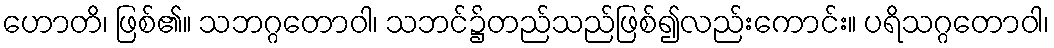
ဟောတိ၊ ဖြစ်၏။ သဘဂ္ဂတောဝါ၊ သဘင်၌တည်သည်ဖြစ်၍လည်းကောင်း။ ပရိသဂ္ဂတောဝါ၊